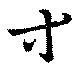
等